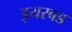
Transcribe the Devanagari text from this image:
इयरबड